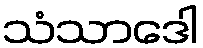
သံသာဒေါ